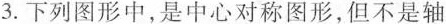
3.下列图形中，是中心对称图形，但不是轴